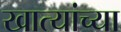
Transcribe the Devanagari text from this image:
खात्यांच्या